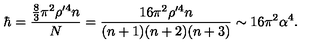
\hbar = \frac { \frac { 8 } { 3 } \pi ^ { 2 } \rho ^ { \prime 4 } n } { N } = \frac { 1 6 \pi ^ { 2 } \rho ^ { \prime 4 } n } { ( n + 1 ) ( n + 2 ) ( n + 3 ) } \sim 1 6 \pi ^ { 2 } \alpha ^ { 4 } .